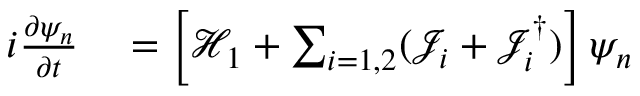
\begin{array} { r } { \begin{array} { r l } { i \frac { \partial \psi _ { n } } { \partial t } } & { { } = \left[ \mathcal { H } _ { 1 } + \sum _ { i = 1 , 2 } ( \mathcal { J } _ { i } + \mathcal { J } _ { i } ^ { \dagger } ) \right] \psi _ { n } } \end{array} } \end{array}